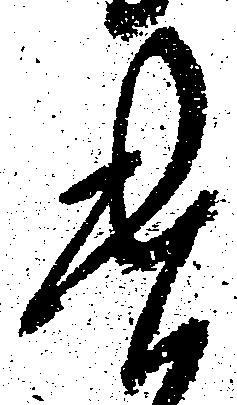
遣